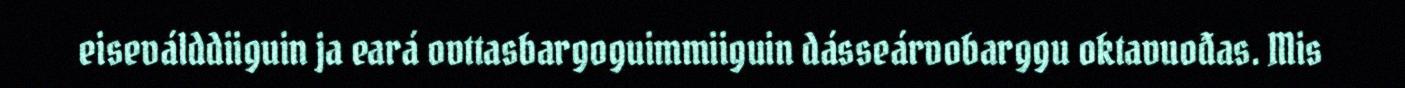
eiseválddiiguin ja eará ovttasbargoguimmiiguin dásseárvobarggu oktavuođas. Mis